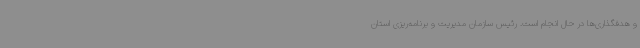
و هدفگذاری‌ها در حال انجام است. رئیس سازمان مدیریت و برنامه‌ریزی استان